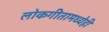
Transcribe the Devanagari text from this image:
लोकगीतामध्येही